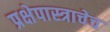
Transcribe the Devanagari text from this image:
प्रक्षेपास्त्राचेच